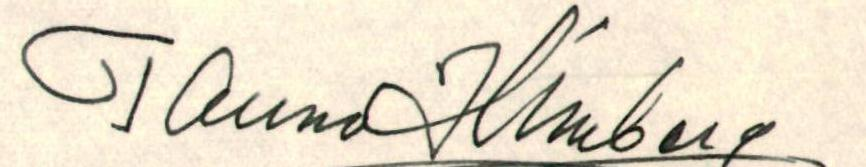
Tauno Himberg